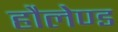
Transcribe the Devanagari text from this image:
हौलेण्ड